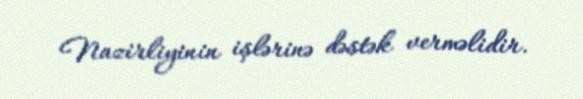
Nazirliyinin işlərinə dəstək verməlidir.